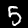
Digit: 5